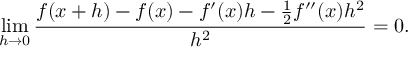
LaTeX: \operatorname* { l i m } _ { h \to 0 } { \frac { f ( x + h ) - f ( x ) - f ^ { \prime } ( x ) h - { \frac { 1 } { 2 } } f ^ { \prime \prime } ( x ) h ^ { 2 } } { h ^ { 2 } } } = 0 .